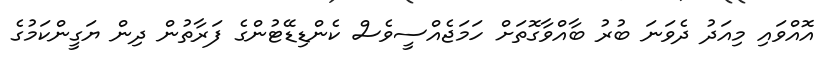
އޮއްވައި މިއަދު ދެވަނަ ބުރު ބާއްވާގޮތަށް ހަމަޖެއްސީވެސް ކެންޑިޑޭޓުންގެ ފަރާތުން ދިން ޔަގީންކަމުގެ